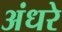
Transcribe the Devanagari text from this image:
अंधरे